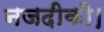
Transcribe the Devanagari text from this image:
नजदीकी।